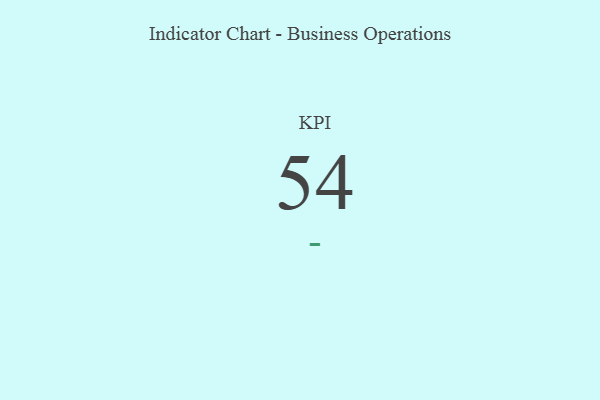
{"axis": {"x": "KPI", "y": "Value"}, "legend": [""], "data": [{"x": "KPI", "y": 54, "type": ""}]}